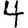
Digit: 4